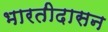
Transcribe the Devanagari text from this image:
भारतीदासन